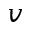
\boldsymbol { v }